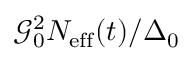
\mathcal { G } _ { 0 } ^ { 2 } N _ { \mathrm { e f f } } ( t ) / \Delta _ { 0 }